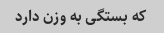
که بستگی به وزن دارد